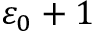
\varepsilon _ { 0 } + 1